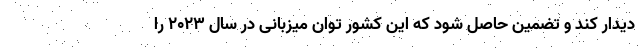
دیدار کند و تضمین حاصل شود که این کشور توان میزبانی در سال ۲۰۲۳ را